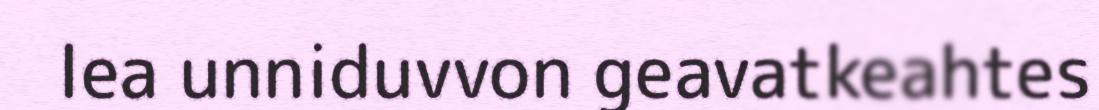
lea unniduvvon geavatkeahtes